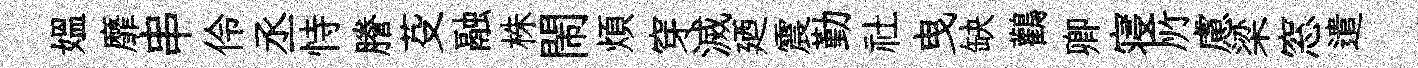
媪靡串伶丞恃謄芟融株閙煩穿滅廼震勤社曳缺鸛卿寝𠩄慮梁窓遣